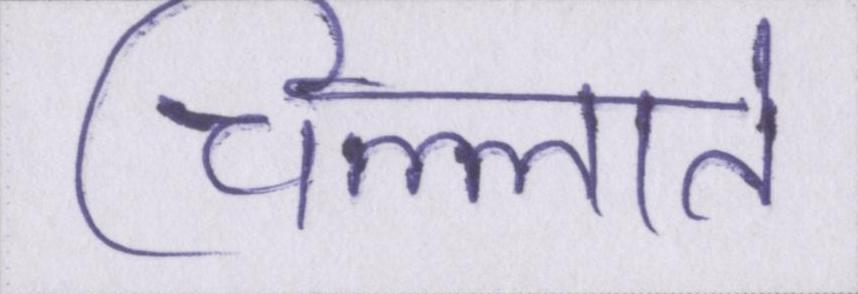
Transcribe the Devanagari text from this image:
चिल्लाते